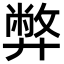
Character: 弊